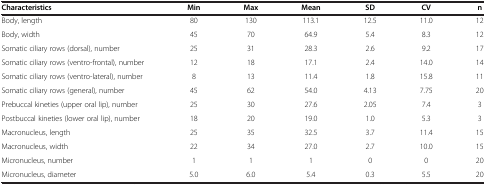
<table><thead><tr><td><b>Characteristics</b></td><td><b>Min</b></td><td><b>Max</b></td><td><b>Mean</b></td><td><b>SD</b></td><td><b>CV</b></td><td><b>n</b></td></tr></thead><tbody><tr><td>Body, length</td><td>80</td><td>130</td><td>113.1</td><td>12.5</td><td>11.0</td><td>12</td></tr><tr><td>Body, width</td><td>45</td><td>70</td><td>64.9</td><td>5.4</td><td>8.3</td><td>12</td></tr><tr><td>Somatic ciliary rows (dorsal), number</td><td>25</td><td>31</td><td>28.3</td><td>2.6</td><td>9.2</td><td>17</td></tr><tr><td>Somatic ciliary rows (ventro-frontal), number</td><td>12</td><td>18</td><td>17.1</td><td>2.4</td><td>14.0</td><td>14</td></tr><tr><td>Somatic ciliary rows (ventro-lateral), number</td><td>8</td><td>13</td><td>11.4</td><td>1.8</td><td>15.8</td><td>11</td></tr><tr><td>Somatic ciliary rows (general), number</td><td>45</td><td>62</td><td>54.0</td><td>4.13</td><td>7.75</td><td>20</td></tr><tr><td>Prebuccal kineties (upper oral lip), number</td><td>25</td><td>30</td><td>27.6</td><td>2.05</td><td>7.4</td><td>3</td></tr><tr><td>Postbuccal kineties (lower oral lip), number</td><td>18</td><td>20</td><td>19.0</td><td>1.0</td><td>5.3</td><td>3</td></tr><tr><td>Macronucleus, length</td><td>25</td><td>35</td><td>32.5</td><td>3.7</td><td>11.4</td><td>15</td></tr><tr><td>Macronucleus, width</td><td>22</td><td>34</td><td>27.0</td><td>2.7</td><td>10.0</td><td>15</td></tr><tr><td>Micronucleus, number</td><td>1</td><td>1</td><td>1</td><td>0</td><td>0</td><td>20</td></tr><tr><td>Micronucleus, diameter</td><td>5.0</td><td>6.0</td><td>5.4</td><td>0.3</td><td>5.5</td><td>20</td></tr></tbody></table>